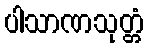
ပါသာဏသုတ္တံ